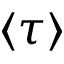
\langle \tau \rangle